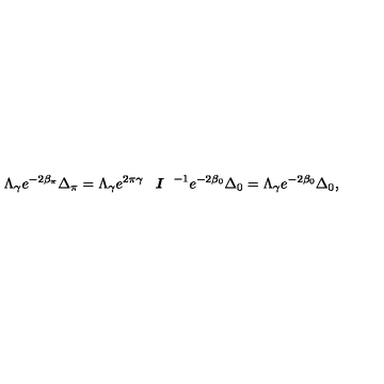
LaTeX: \Lambda _ { \gamma } e ^ { - 2 \beta _ { \pi } } \Delta _ { \pi } = \Lambda _ { \gamma } e ^ { 2 \pi \gamma } \textit { \textbf { I } } ^ { - 1 } e ^ { - 2 \beta _ { 0 } } \Delta _ { 0 } = \Lambda _ { \gamma } e ^ { - 2 \beta _ { 0 } } \Delta _ { 0 } ,